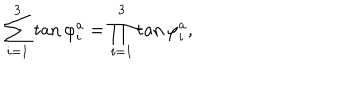
LaTeX: \sum _ { i = 1 } ^ { 3 } \tan \varphi _ { i } ^ { a } = \prod _ { i = 1 } ^ { 3 } \tan \varphi _ { i } ^ { a } ,